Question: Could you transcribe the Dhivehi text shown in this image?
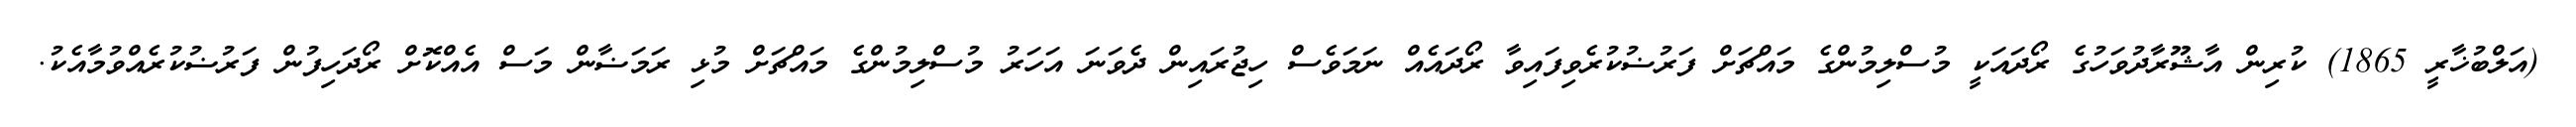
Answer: (އަލްބުޚާރީ 1865) ކުރިން އާޝޫރާދުވަހުގެ ރޯދައަކީ މުސްލިމުންގެ މައްޗަށް ފަރުޟުކުރެވިފައިވާ ރޯދައެއް ނަމަވެސް ހިޖުރައިން ދެވަނަ އަހަރު މުސްލިމުންގެ މައްޗަށް މުޅި ރަމަޟާން މަސް އެއްކޮށް ރޯދަހިފުން ފަރުޟުކުރެއްވުމާއެކު.